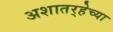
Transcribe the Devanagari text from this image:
अशातर्‍हेच्या